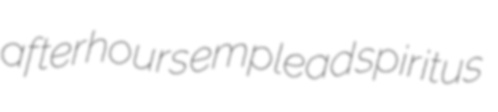
afterhours emplead spiritus